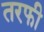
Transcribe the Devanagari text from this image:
तरफी